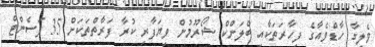
ވެލިގާ ހާޑްވެއާގެ ފިހާރަތަކާއި ބްލަންކް ޝޯރޫމުން ވިޔަފާރި ކުރާ ފަރާތްތަކަށް 35 ޕަސެންޓް